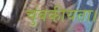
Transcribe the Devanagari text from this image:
चुंबकीयता।